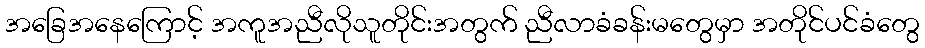
အခြေအနေကြောင့် အကူအညီလိုသူတိုင်းအတွက် ညီလာခံခန်းမတွေမှာ အတိုင်ပင်ခံတွေ